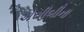
એસીબીના